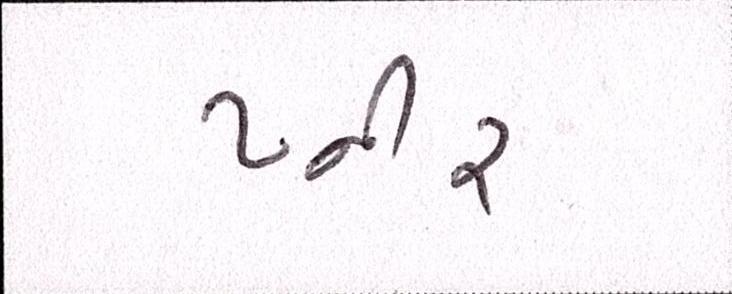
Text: પ્નીર